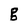
Character: g